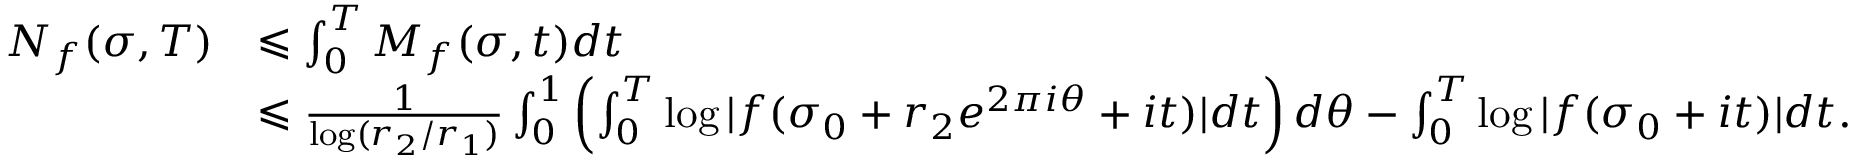
\begin{array} { r l } { N _ { f } ( \sigma , T ) } & { \leqslant \int _ { 0 } ^ { T } M _ { f } ( \sigma , t ) d t } \\ & { \leqslant \frac { 1 } { \log ( r _ { 2 } / r _ { 1 } ) } \int _ { 0 } ^ { 1 } \left( \int _ { 0 } ^ { T } \log \vert f ( \sigma _ { 0 } + r _ { 2 } e ^ { 2 \pi i \theta } + i t ) \vert d t \right) d \theta - \int _ { 0 } ^ { T } \log \vert f ( \sigma _ { 0 } + i t ) \vert d t . } \end{array}